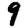
Digit: 9